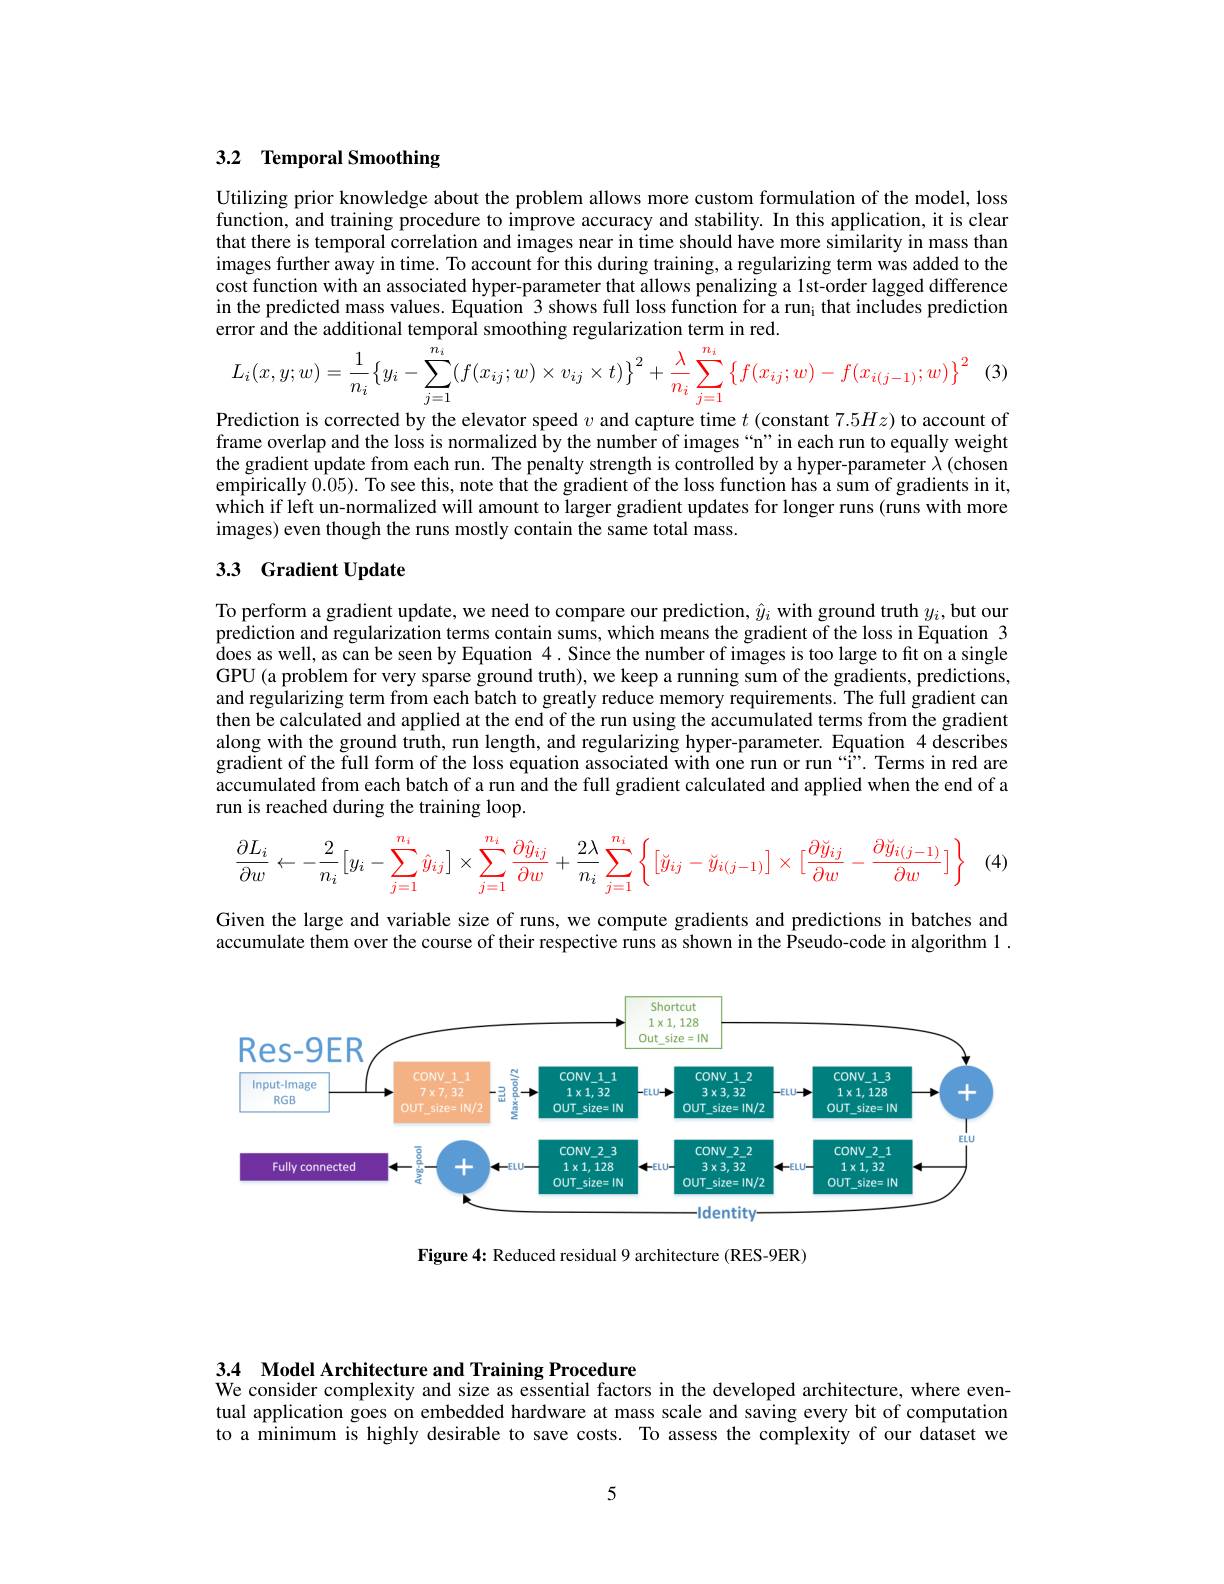
## 3.2 Temporal Smoothing

Utilizing prior knowledge about the problem allows more custom formulation of the model, loss function, and training procedure to improve accuracy and stability. In this application, it is clear that there is temporal correlation and images near in time should have more similarity in mass than images further away in time. To account for this during training, a regularizing term was added to the cost function with an associated hyper-parameter that allows penalizing a lst-order lagged difference in the predicted mass values. Equation $\hat{3}$ shows full loss function for a run¡ that includes prediction error and the additional temporal smoothing regularization term in red.
$$L_{i}(x,y;w)=\frac{1}{n_{i}}\big\{y_{i}-\sum_{j=1}^{n_{i}}(f(x_{ij};w)\times v_{ij}\times t)\big\}^{2}+\frac{\lambda}{n_{i}}\sum_{j=1}^{n_{i}}\big\{f(x_{ij};w)-f(x_{i(j-1)};w)\big\}^{2}$$
(3)

Prediction is corrected by the elevator speed $v$ and capture time $t$ (constant 7.5$Hz$) to account of frame overlap and the loss is normalized by the number of images “n”in each run to equally weight the gradient update from each run. The penalty strength is controlled by a hyper-parameter $\lambda$ (chosen $\tilde{\text{empirically }0.05}).\tilde{\text{ To see this, note that the gradient of the loss function has a sum of gradients in it,}}$ which if left un-normalized will amount to larger gradient updates for longer runs (runs with more images) even though the runs mostly contain the same total mass.

## 3.3 Gradient Update

To perform a gradient update, we need to compare our prediction, $\hat{y}_i$ with ground truth $y_i$, but our prediction and regularization terms contain sums, which means the gradient of the loss in Equation 3 does as well, as can be seen by Equation 4. Since the number of images is too large to fit on a single GPU (a problem for very sparse ground truth), we keep a running sum of the gradients, predictions, and regularizing term from each batch to greatly reduce memory requirements. The full gradient can then be calculated and applied at the end of the run using the accumulated terms from the gradient along with the ground truth, run length, and regularizing hyper-parameter. Equation 4 describes gradient of the full form of the loss equation associated with one run or run “Î”. Terms in red are accumulated from each batch of a run and the full gradient calculated and applied when the end of a run is reached during the training loop.

(4)
$$\frac{\partial L_i}{\partial w}\leftarrow-\frac{2}{n_i}\big[y_i-\sum\limits_{j=1}^{n_i}\hat{y}_{ij}\big]\times\sum\limits_{j=1}^{n_i}\frac{\partial\hat{y}_{ij}}{\partial w}+\frac{2\lambda}{n_i}\sum\limits_{j=1}^{n_i}\bigg\{\big[\check{y}_{ij}-\check{y}_{i(j-1)}\big]\times\big[\frac{\partial\check{y}_{ij}}{\partial w}-\frac{\partial\check{y}_{i(j-1)}}{\partial w}\big]\bigg\}$$
Given the large and variable size of runs, we compute gradients and predictions in batches and accumulate them over the course of their respective runs as shown in the Pseudo-code in algorithm 1 .

<FigureHere>

Figure 4: Reduced residual 9 architecture (RES-9ER)

3.4 Model Architecture and Training Procedure
We consider complexity and size as essential factors in the developed architecture, where eventual application goes on embedded hardware at mass scale and saving every bit of computation to a minimum is highly desirable to save costs. To assess the complexity of our dataset we

5